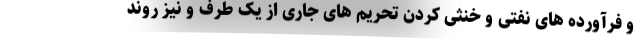
و فرآورده های نفتی و خنثی کردن تحریم های جاری از یک طرف و نیز روند